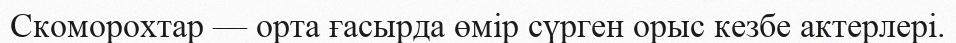
Скоморохтар — орта ғасырда өмір сүрген орыс кезбе актерлері.